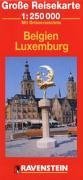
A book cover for Belgium and Luxembourg Road Map with Separate Index 1: 250,000 (Europaische Reisekarte); Ravenstein Verlag; Travel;